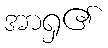
အာရှ၏